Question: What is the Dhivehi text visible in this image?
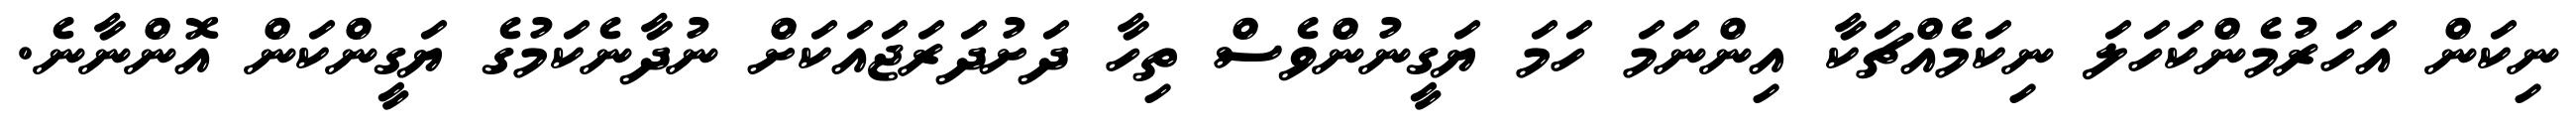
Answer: ނިކަން އަހަރުމެންކަހަލަ ނިކަމެއްޗަކާ އިންނަމަ ހަމަ ޔަގީނުންވެސް ތިހާ ދަށުދަރަޖައަކަށް ނުދާނެކަމުގެ ޔަގީންކަން އޮންނާނެ.